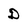
Character: D